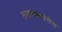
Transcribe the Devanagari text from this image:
लाइफसाइंसेस